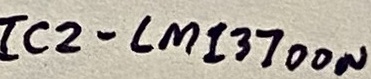
Text: IC2-LM13700N